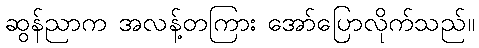
ဆွန်ညာက အလန့်တကြား အော်ပြောလိုက်သည်။